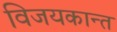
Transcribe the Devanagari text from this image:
विजयकान्त